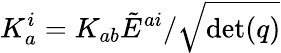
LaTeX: K_{a}^{i}=K_{ab}{\tilde{E}}^{ai}/{\sqrt{\operatorname*{det}(q)}}